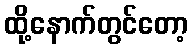
ထို့နောက်တွင်တော့